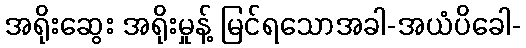
အရိုးဆွေး အရိုးမှုန့် မြင်ရသောအခါ-အယံပိခေါ-